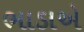
ભાડાએ